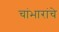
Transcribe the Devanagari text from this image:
चांभारांचे